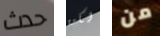
حدث لكن من